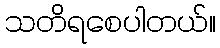
သတိရစေပါတယ်။